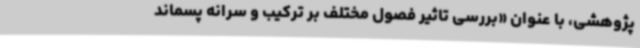
پژوهشی، با عنوان «بررسی تاثیر فصول مختلف بر ترکیب و سرانه پسماند